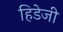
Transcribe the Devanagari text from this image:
हिडेजी